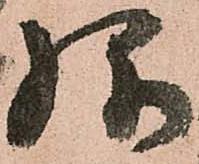
弥